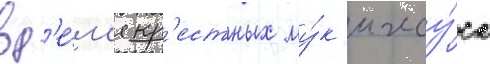
вр'е́м'я кр'естных му́к иису́са